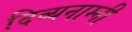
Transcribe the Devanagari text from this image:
दिव्यनाम्नी